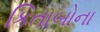
કિતાબોના